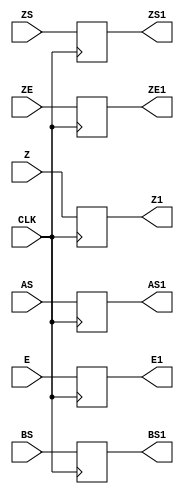
`timescale 1ns / 1ps
//////////////////////////////////////////////////////////////////////////////////
// Company: 
// Engineer: 
// 
// Design Name: 
// Module Name:    buf2 
// Project Name: 
// Target Devices: 
// Tool versions: 
// Description: 
//
// Dependencies: 
//
// Revision: 
// Revision 0.01 - File Created
// Additional Comments: 
//
//////////////////////////////////////////////////////////////////////////////////
module buf2(
    input [23:0] Z,
    input [7:0] ZE,
    input ZS,AS,BS,
    input E,
	 input CLK,
    output reg [23:0] Z1,
    output reg [7:0] ZE1,
    output reg ZS1,AS1,BS1,
    output reg E1
    );
always @(posedge CLK) begin
Z1<=Z;
ZE1<=ZE;
ZS1<=ZS;
E1<=E;
AS1<=AS;
BS1<=BS;
end
endmodule